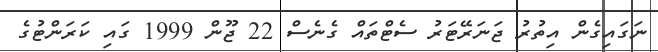
ނަގައިގެން އިތުރު ޖަނަރޭޓަރު ސެޓްތައް ގެނެސް 22 ޖޫން 1999 ގައި ކަރަންޓުގެ